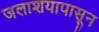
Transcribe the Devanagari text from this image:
जलाशयापासून